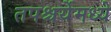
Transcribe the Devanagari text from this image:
तपश्चर्येमध्ये